Report of the Bombay Plague Committee
Disease focus: Plague
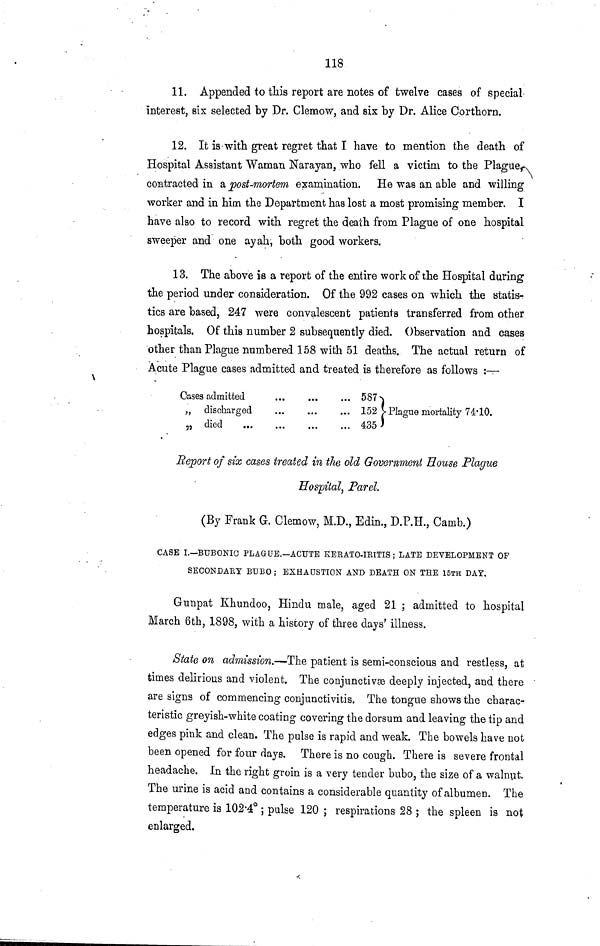
118
11. Appended to this report are notes of twelve cases of special
interest, six selected by Dr. Clemow, and six by Dr. Alice Corthorn.
12. It is with great regret that I have to mention the death of
Hospital Assistant Waman Narayan, who fell a victim to the Plague,
contracted in a post-mortem examination. He was an able and willing
worker and in him the Department has lost a most promising member. I
have also to record with regret the death from Plague of one hospital
sweeper and one ayah, both good workers.
13. The above is a report of the entire work of the Hospital during
the period under consideration. Of the 992 cases on which the statis-
tics are based, 247 were convalescent patients transferred from other
hospitals. Of this number 2 subsequently died. Observation and cases
other than Plague numbered 158 with 51 deaths. The actual return of
Acute Plague cases admitted and treated is therefore as follows :—
Cases admitted
„ discharged
„ died ...
...
...
...
...
...
587
152 Plague mortality 74·10.
435
Report of six cases treated in the old Government House Plague
Hospital, Parel.
(By Frank G. Clemow, M.D., Edin., D.P.H., Camb.)
CASE I.—BUBONIC PLAGUE.—ACUTE KERATO-IRITIS ; LATE DEVELOPMENT OF
SECONDAEY BUBO ; EXHAUSTION AND DEATH ON THE 15TH DAY,
Gunpat Khundoo, Hindu male, aged 21 ; admitted to hospital
March 6th, 1898, with a history of three days' illness.
State on admission.—The patient is semi-conscious and restless, at
times delirious and violent. The conjunctivæ deeply injected, and there
are signs of commencing conjunctivitis. The tongue shows the charac-
teristic greyish-white coating covering the dorsum and leaving the tip and
edges pink and clean. The pulse is rapid and weak. The bowels have not
been opened for four days. There is no cough. There is severe frontal
headache. In the right groin is a very tender bubo, the size of a walnut.
The urine is acid and contains a considerable quantity of albumen. The
temperature is 102·4° ; pulse 120 ; respirations 28 ; the spleen is not
enlarged.